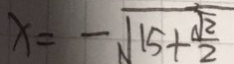
x = - \sqrt { 1 5 + \frac { \sqrt { 2 } } { 2 } }